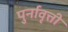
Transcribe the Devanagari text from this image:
पुर्नावृत्ती